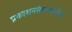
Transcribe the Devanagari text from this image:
प्रकाशनसंस्थांकरिता